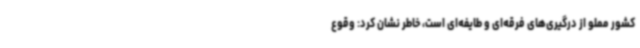
کشور مملو از درگیری‌های فرقه‌ای و طایفه‌ای است، خاطر نشان کرد: وقوع